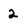
Character: 2